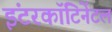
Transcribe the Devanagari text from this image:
इंटरकॉंटिनेंटल